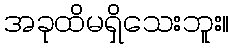
အခုထိမရှိသေးဘူး။